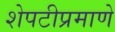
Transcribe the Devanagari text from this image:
शेपटीप्रमाणे